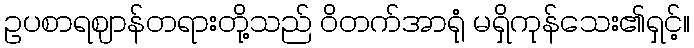
ဥပစာရဈာန်တရားတို့သည် ဝိတက်အာရုံ မရှိကုန်သေး၏ရှင့်။